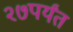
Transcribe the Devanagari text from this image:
२७पर्यंत